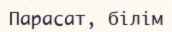
Парасат, білім